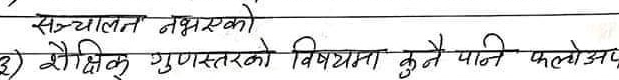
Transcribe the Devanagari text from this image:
संचालन नभएको
शैक्षिक गुणस्तरको विषयमा कुनै पनि फलोअप